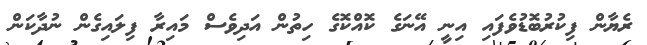
ރެޔާން ފިކުރުބޮޑުވެފައި އިނީ އޭނަގެ ކޮއްކޮގެ ހިތުން އަދިވެސް މައިރާ ފިލައިގެން ނުދާކަން